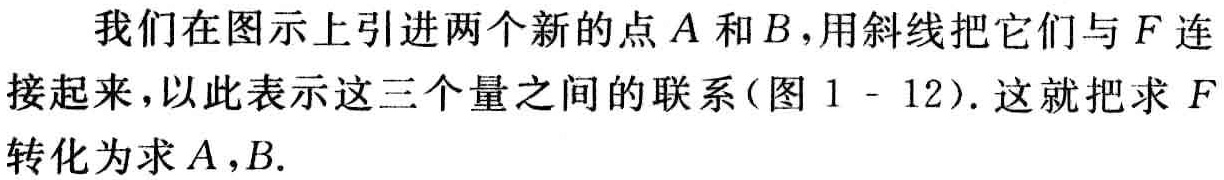
我们在图示上引进两个新的点\(A\)和\(B\)，用斜线把它们与\(F\)连接起来，以此表示这三个量之间的联系(图 \(1 - 12\))。这就把求 \(F\)转化为求\(A\)，\(B\)。